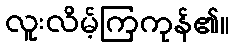
လူးလိမ့်ကြကုန်၏။